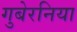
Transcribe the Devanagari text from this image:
गुबेरनिया